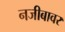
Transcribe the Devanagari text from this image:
नजीबावर